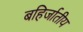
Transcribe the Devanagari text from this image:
बहिर्जातीय